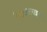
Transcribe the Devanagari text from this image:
सिसालपाइन